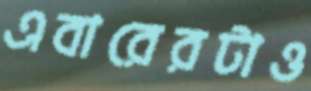
এবারেরটাও